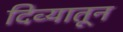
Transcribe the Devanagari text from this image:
दिव्यातून